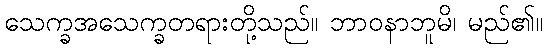
သေက္ခအသေက္ခတရားတို့သည်။ ဘာဝနာဘူမိ၊ မည်၏။